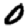
Digit: 0